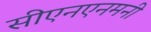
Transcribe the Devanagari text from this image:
सीएनएनमनी